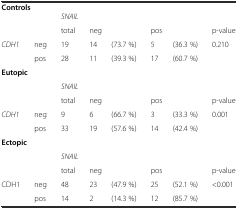
<table><thead><tr><td colspan="8"><b>Controls</b></td></tr></thead><tbody><tr><td rowspan="2" colspan="2"></td><td colspan="6"><i>SNAIL</i></td></tr><tr><td>total</td><td colspan="2">neg</td><td colspan="2">pos</td><td>p-value</td></tr><tr><td rowspan="2"><i>CDH1</i></td><td>neg</td><td>19</td><td>14</td><td>(73.7 %)</td><td>5</td><td>(36.3 %)</td><td rowspan="2">0.210</td></tr><tr><td>pos</td><td>28</td><td>11</td><td>(39.3 %)</td><td>17</td><td>(60.7 %)</td></tr><tr><td colspan="8"><b>Eutopic</b></td></tr><tr><td rowspan="2" colspan="2"></td><td colspan="6"><i>SNAIL</i></td></tr><tr><td>total</td><td colspan="2">neg</td><td colspan="2">pos</td><td>p-value</td></tr><tr><td rowspan="2"><i>CDH1</i></td><td>neg</td><td>9</td><td>6</td><td>(66.7 %)</td><td>3</td><td>(33.3 %)</td><td rowspan="2">0.001</td></tr><tr><td>pos</td><td>33</td><td>19</td><td>(57.6 %)</td><td>14</td><td>(42.4 %)</td></tr><tr><td colspan="8"><b>Ectopic</b></td></tr><tr><td rowspan="2" colspan="2"></td><td colspan="6"><i>SNAIL</i></td></tr><tr><td>total</td><td colspan="2">neg</td><td colspan="2">pos</td><td>p-value</td></tr><tr><td rowspan="2">CDH1</td><td>neg</td><td>48</td><td>23</td><td>(47.9 %)</td><td>25</td><td>(52.1 %)</td><td rowspan="2">&lt;0.001</td></tr><tr><td>pos</td><td>14</td><td>2</td><td>(14.3 %)</td><td>12</td><td>(85.7 %)</td></tr></tbody></table>